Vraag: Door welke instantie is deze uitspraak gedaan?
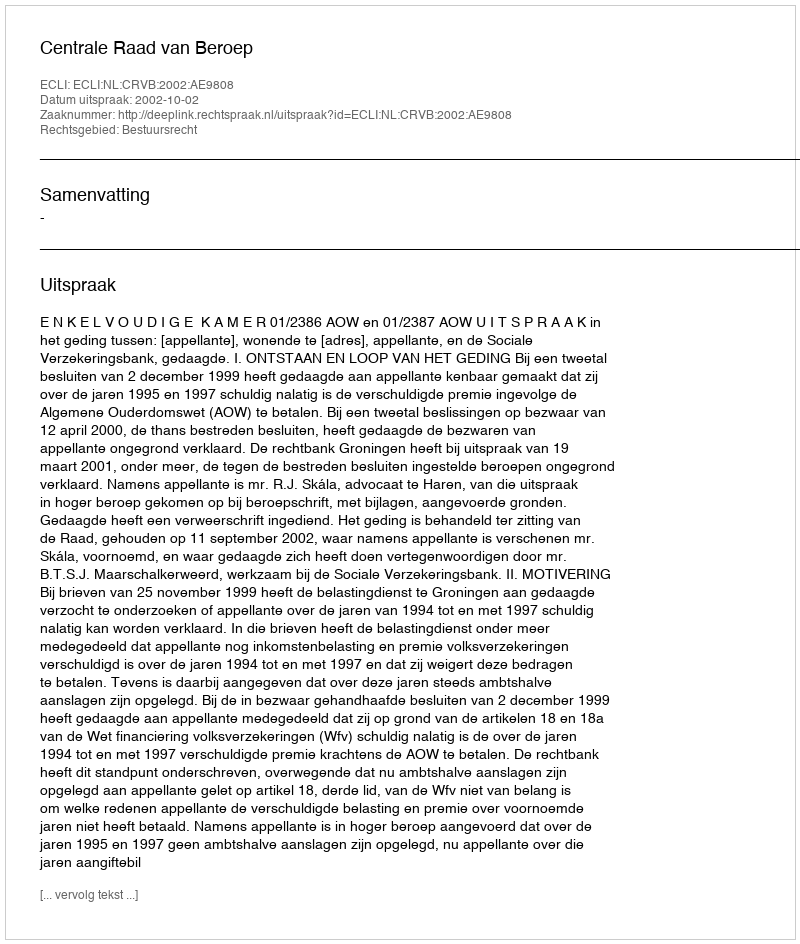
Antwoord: Centrale Raad van Beroep